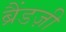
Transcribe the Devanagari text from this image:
ब्रैंडज़ी